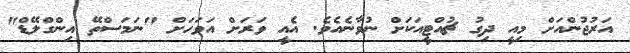
އަރުޖުންއަށް މިއީ ދިގު ޗުއްޓީއަކަށް ނުވާނެއެވެ. އެއީ ވަރަަށް އަވަހަށް "ނަމަސްތޭ އިންގްލޭޑް"